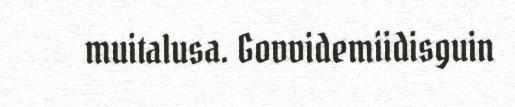
muitalusa. Govvidemiidisguin